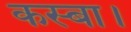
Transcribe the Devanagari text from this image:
कस्बा।